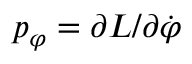
p _ { \varphi } = \partial L / \partial \dot { \varphi }